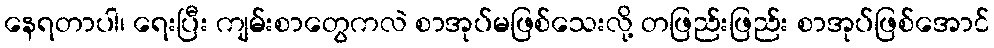
နေရတာပါ၊ ရေးပြီး ကျမ်းစာတွေကလဲ စာအုပ်မဖြစ်သေးလို့ တဖြည်းဖြည်း စာအုပ်ဖြစ်အောင်